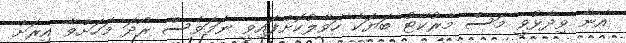
އޭނާ ވިދާޅުވީ މަސް މާރުކޭޓު ބަޔަކާ ހަވާލުކޮށްފައިވީ ނަމަވެސް ރޯދަ މަހަށްވާ އިރަށް